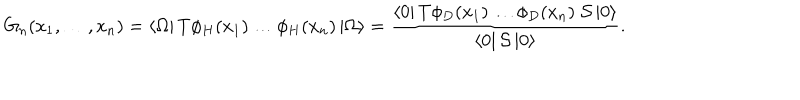
LaTeX: G _ { n } ( x _ { 1 } , \dots , x _ { n } ) = \left< \Omega \right| T \phi _ { H } ( x _ { 1 } ) \dots \phi _ { H } ( x _ { n } ) \left| \Omega \right> = \frac { \left< 0 \right| T \phi _ { D } ( x _ { 1 } ) \dots \phi _ { D } ( x _ { n } ) \; { \cal { S } } \left| 0 \right> } { \left< 0 \right| { \cal { S } } \left| 0 \right> } .